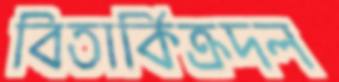
বিতার্কিক্রদল